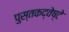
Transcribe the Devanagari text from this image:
पुस्तकद्वेष्टे